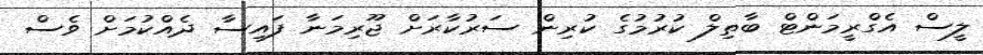
ލީސް އެގްރީމަންޓް ބާތިލް ކުރުމުގެ ކުރިން ސަރުކާރަށް ޖޫރިމަނާ ފައިސާ ދެއްކުމަށް ވެސް